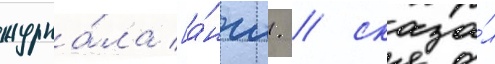
журна́ла [а́нгл. / сказа́л